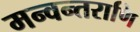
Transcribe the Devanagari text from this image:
मन्वन्तराणि